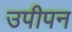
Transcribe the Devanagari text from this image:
उपीपन